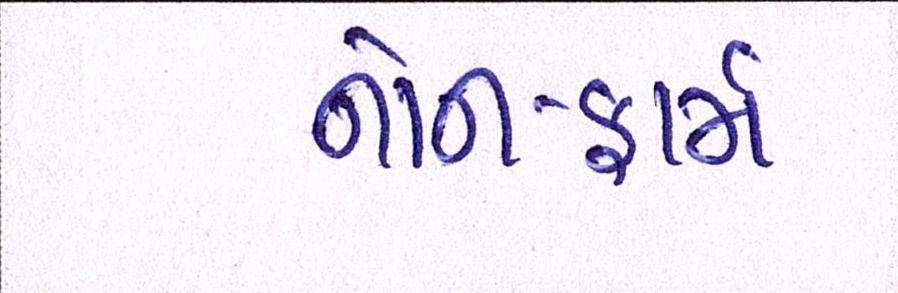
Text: નોન-ફાર્મ